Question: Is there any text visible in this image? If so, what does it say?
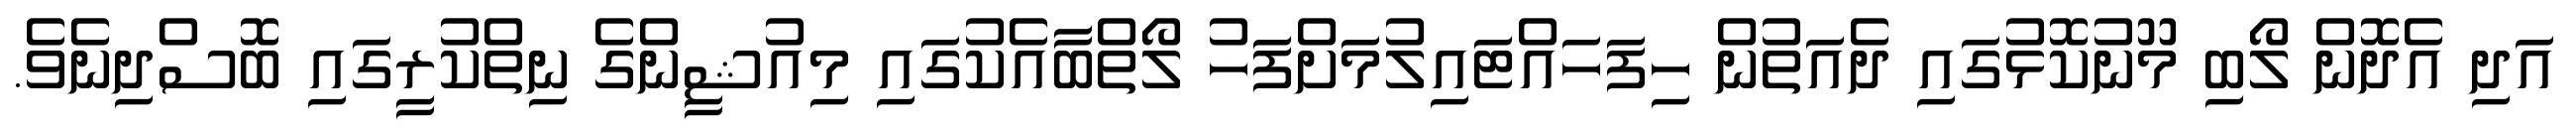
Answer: އަދި އެދޮން ލޯބި މޫނުކޮޅުގައި ދެއަތުން ހިފަހައްޓައިލުމަށްފަހު ލޯތްބާއެކުގައި މިއުޝީންގެ ނިތްކުރީގައި ބޮސްދިނެވެ.